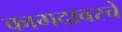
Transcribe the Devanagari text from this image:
कागदावरचे